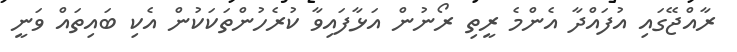
ރާއްޖޭގައި އުފައްދާ އެންމެ ރީތި ރޯނުން އަޅާފައިވާ ކުރެހުންތަކަކުން އެކި ބައިތައް ވަނީ